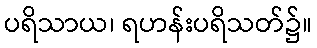
ပရိသာယ၊ ရဟန်းပရိသတ်၌။